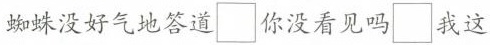
蜘蛛没好气地答道\Box你没看见吗\Box我这